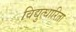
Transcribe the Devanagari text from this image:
विद्युत्धारिता